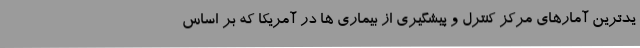
یدترین آمارهای مرکز کنترل و پیشگیری از بیماری ها در آمریکا که بر اساس